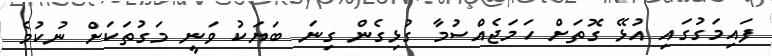
ފައިމަގުގައި އުޅޭ ގޮތަށް ހަމަޖެއްސުމާ ގުޅިގެން ގިނަ ބަޔަކު ވަނީ މަގުތަކަށް ނުކުމެ